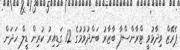
ޕެރޭޒް ވިދާޅުވީ ޓްރާންސްފާ ބާޒާރު ބަންދުވުމުގެ 12 ގަޑިއިރު ކުރިން ޑީލް ހަދަން